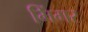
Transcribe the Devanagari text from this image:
भिंगर